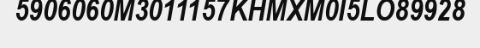
5906060M3011157KHMXM0I5LO89928